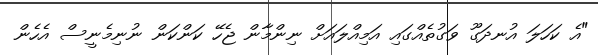
"އެ ކަހަލަ އުނދަގޫ ވަގުތެއްގައި އަމިއްލައަށް ނިންމާން ޖެހޭ ކަންކަން ނުނިމެނީސް އެހެން